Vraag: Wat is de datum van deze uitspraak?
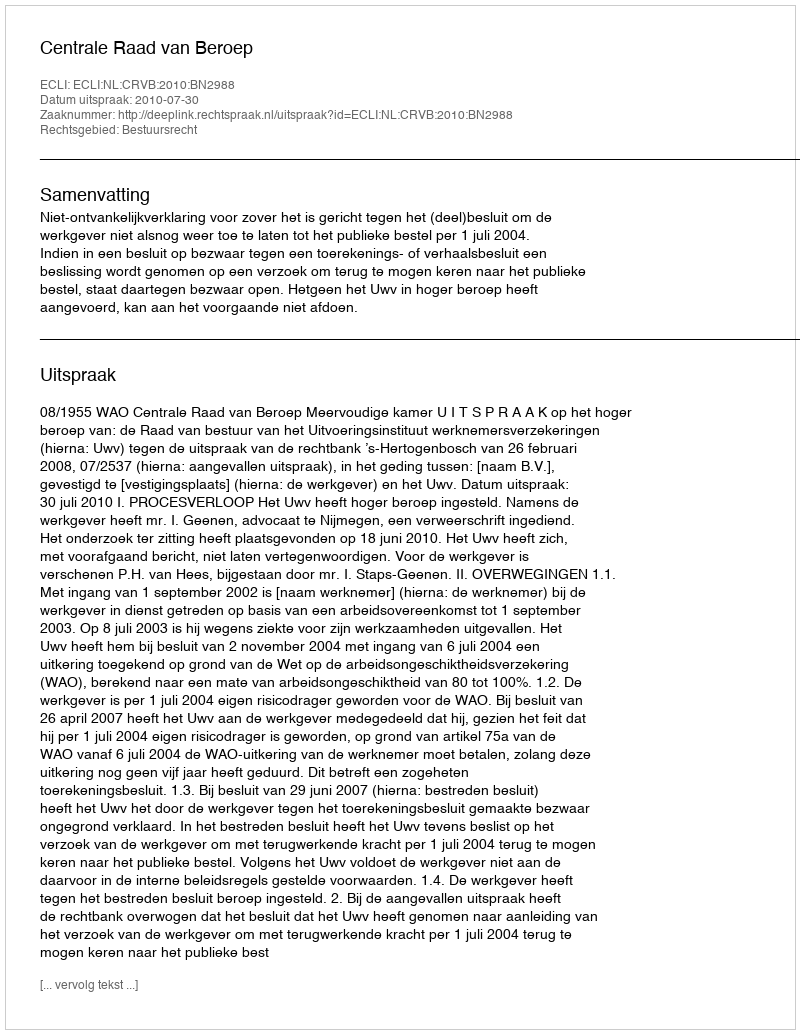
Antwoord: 2010-07-30